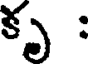
కృ :